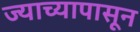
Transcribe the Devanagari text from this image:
ज्याच्यापासून